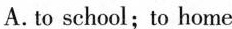
A.to school；to home